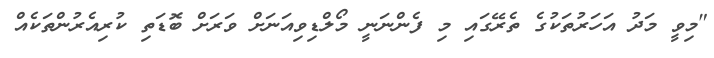
"މިވީ މަދު އަހަރުތަކުގެ ތެރޭގައި މި ފެންނަނީ މޯލްޑިވިއަނަށް ވަރަށް ބޮޑަތި ކުރިއެރުންތަކެއް